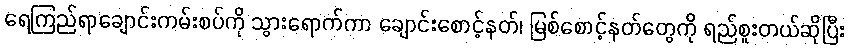
ရေကြည်ရာချောင်းကမ်းစပ်ကို သွားရောက်ကာ ချောင်းစောင့်နတ်၊ မြစ်စောင့်နတ်တွေကို ရည်စူးတယ်ဆိုပြီး